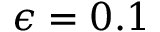
\epsilon = 0 . 1